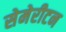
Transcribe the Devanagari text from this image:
सेमेरीटन